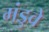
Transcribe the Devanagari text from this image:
मंडुवे